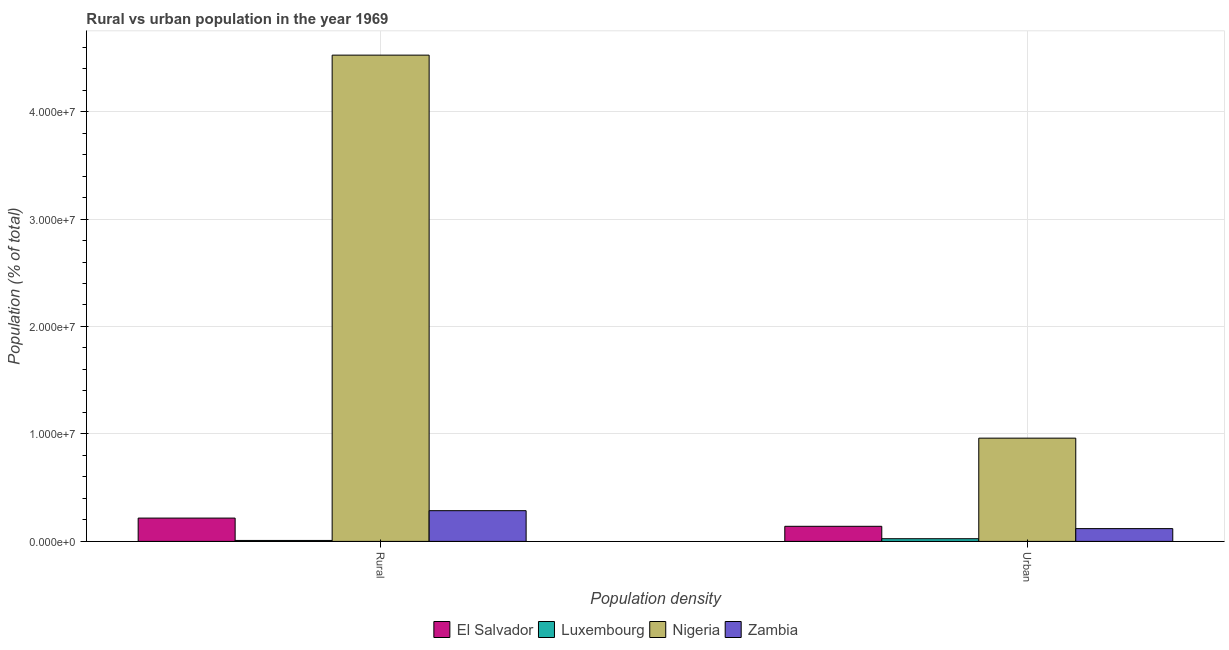
| Population density | El Salvador | Luxembourg | Nigeria | Zambia |
 | --- | --- | --- | --- | --- |
 | Rural | 2.17e+06 | 8.81e+04 | 4.53e+07 | 2.86e+06 |
 | Urban | 1.4e+06 | 2.49e+05 | 9.61e+06 | 1.19e+06 |